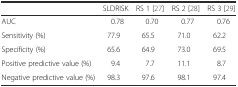
|  | SLDRISK | RS 1 [27] | RS 2 [28] | RS 3 [29] |
 | --- | --- | --- | --- | --- |
 | AUC | 0.78 | 0.70 | 0.77 | 0.76 |
 | Sensitivity (%) | 77.9 | 65.5 | 71.0 | 62.2 |
 | Specificity (%) | 65.6 | 64.9 | 73.0 | 69.5 |
 | Positive predictive value (%) | 9.4 | 7.7 | 11.1 | 8.7 |
 | Negative predictive value (%) | 98.3 | 97.6 | 98.1 | 97.4 |